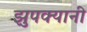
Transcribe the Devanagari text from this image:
झुपक्यानी